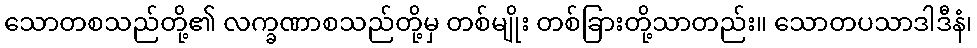
သောတစသည်တို့၏ လက္ခဏာစသည်တို့မှ တစ်မျိုး တစ်ခြားတို့သာတည်း။ သောတပသာဒါဒီနံ၊